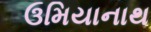
ઉમિયાનાથ